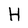
Character: H